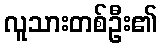
လူသားတစ်ဦး၏